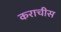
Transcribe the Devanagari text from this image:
कराचीस